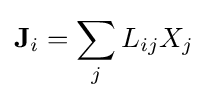
\mathbf {J} _{i}=\sum _{j}L_{ij}X_{j}